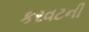
કરવટની